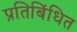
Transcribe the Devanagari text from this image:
प्रतिबिंधित